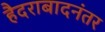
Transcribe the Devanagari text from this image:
हैदराबादनंतर